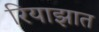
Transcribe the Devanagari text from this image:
रियाझात